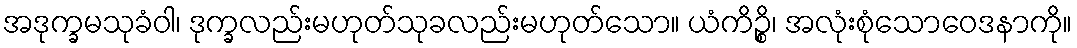
အဒုက္ခမသုခံဝါ၊ ဒုက္ခလည်းမဟုတ်သုခလည်းမဟုတ်သော။ ယံကိဉ္စိ၊ အလုံးစုံသောဝေဒနာကို။